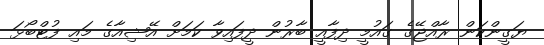
ޔަގީންކަން ރާއްޖޭގެ ގައުމީ ދިފާއީ ބާރުން ދީފައިވާ ކަމަށް އޭޝިއާގެ މައި ފުޓްބޯޅަ